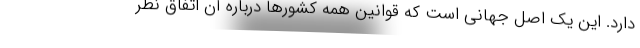
دارد. این یک اصل جهانی است که قوانین همه کشورها درباره آن اتفاق نظر